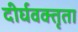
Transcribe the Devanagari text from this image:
दीर्घवक्तृता